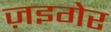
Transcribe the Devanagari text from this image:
ज़इगेर